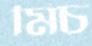
মিচ